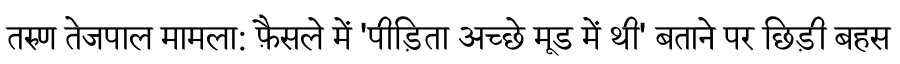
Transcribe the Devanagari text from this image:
तरुण तेजपाल मामला: फ़ैसले में 'पीड़िता अच्छे मूड में थी' बताने पर छिड़ी बहस